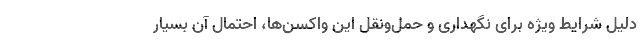
دلیل شرایط ویژه برای نگهداری و حمل‌ونقل این واکسن‌ها، احتمال آن بسیار